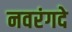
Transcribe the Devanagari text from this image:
नवरंगदे